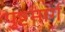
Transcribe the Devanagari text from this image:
पुष्टमार्ग